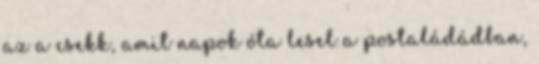
az a csekk, amit napok óta lesel a postaládádban,